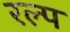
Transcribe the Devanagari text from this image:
रल्प